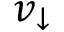
v _ { \downarrow }